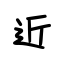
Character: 近